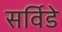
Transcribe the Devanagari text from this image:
सर्विडे